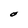
Character: O